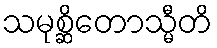
သမုစ္ဆိတောသ္မီတိ